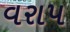
વરાપ